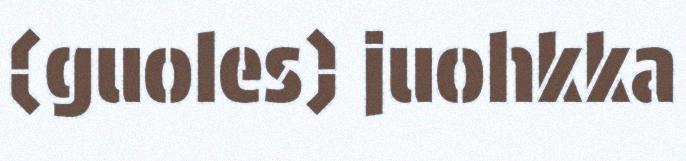
(guoles) juohkka